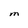
Character: M